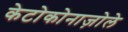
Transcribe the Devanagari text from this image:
केटोकोनाज़ोले